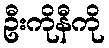
ဦးကိုနီကို